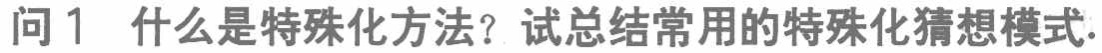
问1 什么是特殊化方法？试总结常用的特殊化猜想模式.